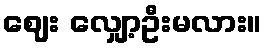
ဈေး လျှော့ဦးမလား။